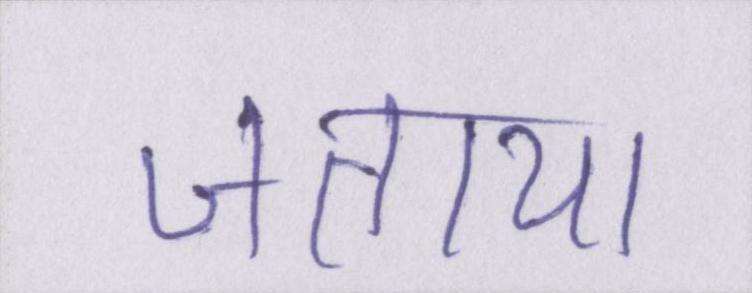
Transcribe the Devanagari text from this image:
जताया